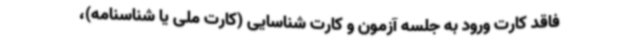
فاقد کارت ورود به جلسه آزمون و کارت شناسایی (کارت ملی یا شناسنامه)،